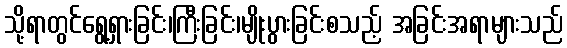
သို့ရာတွင်ရွေ့ရှားခြင်း၊ကြီးခြင်း၊မျိုးပွားခြင်းစသည့် အခြင်းအရာများသည်